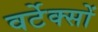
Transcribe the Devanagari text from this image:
वर्टेक्सों